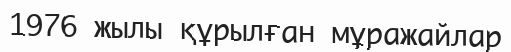
1976 жылы құрылған мұражайлар